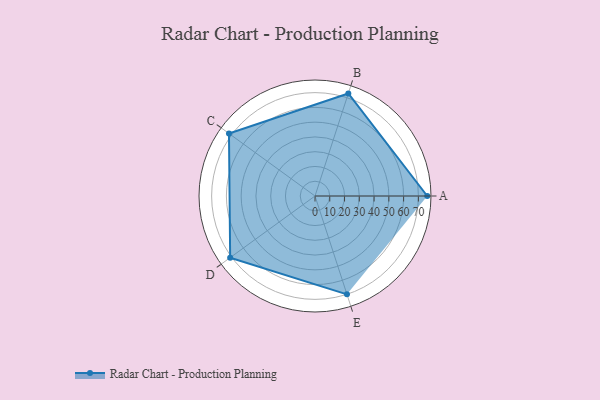
{"axis": {"x": "Skill", "y": "Score"}, "legend": ["Profile"], "data": [{"x": "A", "y": 76.0, "type": "Profile"}, {"x": "B", "y": 73.0, "type": "Profile"}, {"x": "C", "y": 72.0, "type": "Profile"}, {"x": "D", "y": 71.0, "type": "Profile"}, {"x": "E", "y": 70.0, "type": "Profile"}]}